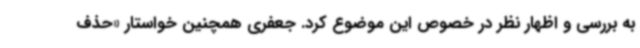
به بررسی و اظهار نظر در خصوص این موضوع کرد. جعفری همچنین خواستار «حذف